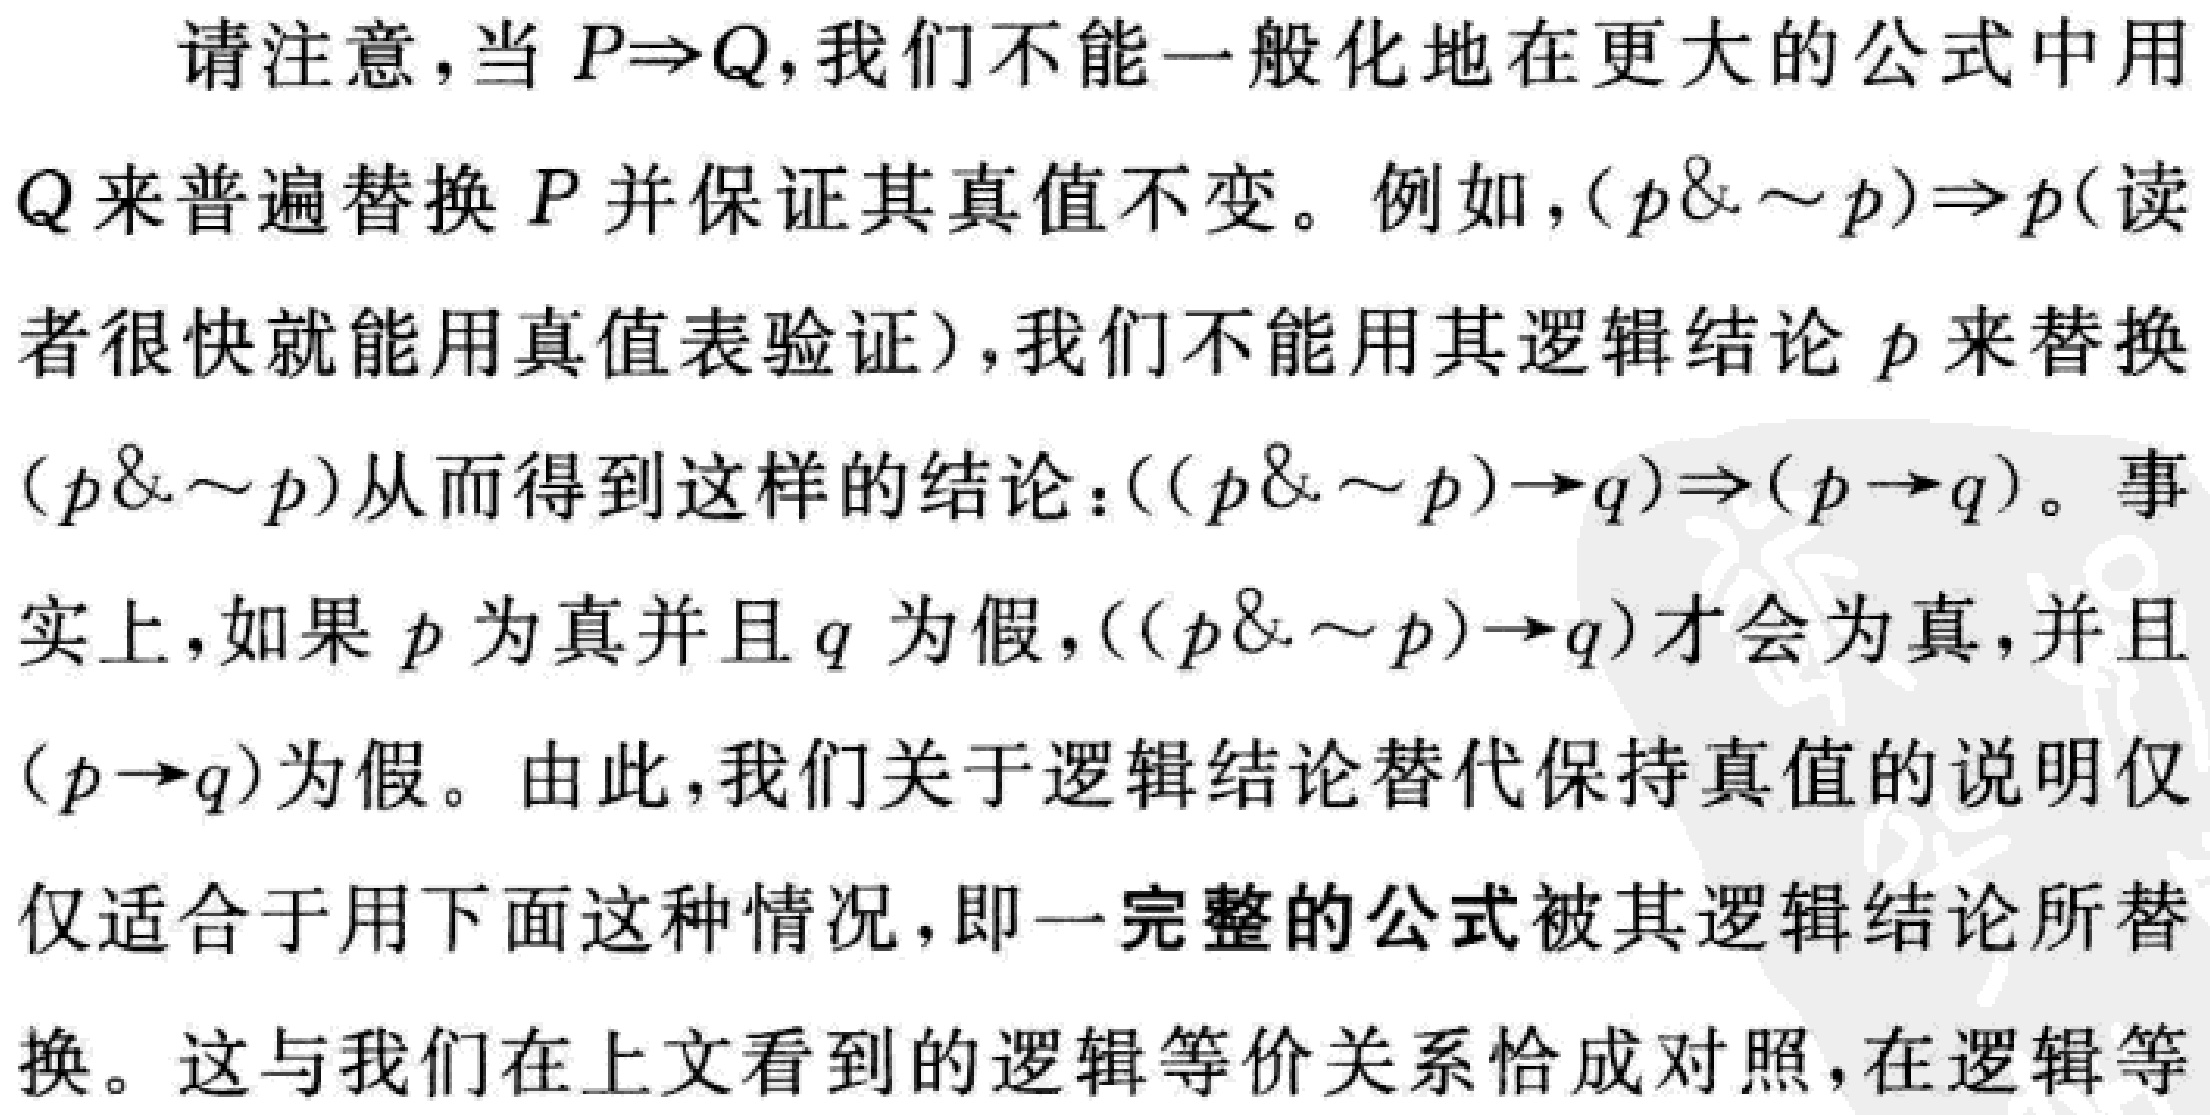
请注意，当 \(P\Rightarrow Q\)，我们不能一般化地在更大的公式中用
\(Q\)来普遍替换 \(P\)并保证其真值不变。例如，\((p\& \sim p)\Rightarrow p\)(读
者很快就能用真值表验证)，我们不能用其逻辑结论 \(p\)来替换
\((p\& \sim p)\)从而得到这样的结论：\(((p\& \sim p)\to q)\Rightarrow(p\to q)\)。事
实上，如果 \(p\)为真并且 \(q\)为假，\(((p\& \sim p)\to q)\)才会为真，并且
\((p\to q)\)为假。由此，我们关于逻辑结论替代保持真值的说明仅
仅适合于用下面这种情况，即一完整的公式被其逻辑结论所替
换。这与我们在上文看到的逻辑等价关系恰成对照，在逻辑等